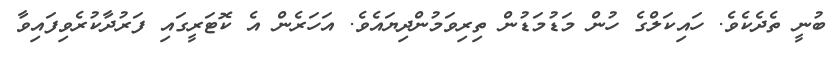
ބުނީ ތެދެކެވެ. ހައިކަލްގެ ހުން މަޑުމަޑުން ތިރިވަމުންދިޔައެވެ. އަހަރެން އެ ކޮޓަރީގައި ފަރުދާކުރެވިފައިވާ